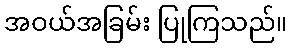
အဝယ်အခြမ်း ပြုကြသည်။